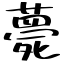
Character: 薨